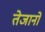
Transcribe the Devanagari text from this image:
तेजानो